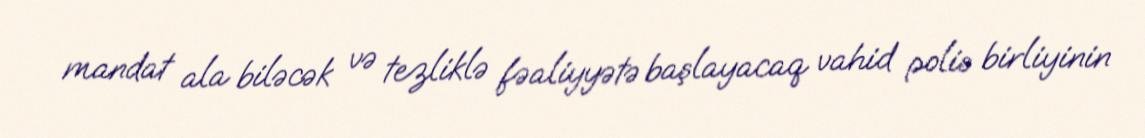
mandat ala biləcək və tezliklə fəaliyyətə başlayacaq vahid polis birliyinin